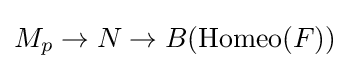
M_{p}\to N\to B(\operatorname {Homeo} (F))